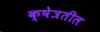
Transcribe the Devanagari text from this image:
क्षेत्रतील